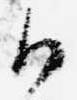
御